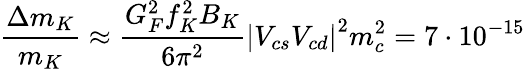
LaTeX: \frac{\Delta m_{K}}{m_{K}}\approx\frac{G_{F}^{2}f_{K}^{2}B_{K}}{6\pi^{2}}\left|V_{cs}V_{cd}\right|^{2}m_{c}^{2}=7\cdot 10^{-15}